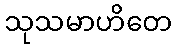
သုသမာဟိတေ